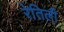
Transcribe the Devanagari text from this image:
रेतिली